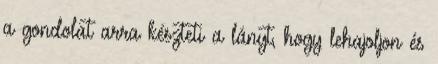
a gondolat arra készteti a lányt, hogy lehajoljon és